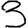
Digit: 3